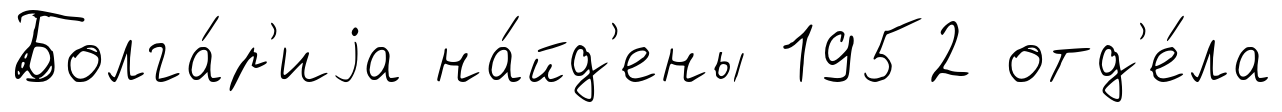
Болга́р'иjа на́йд'ены 1952 отд'е́ла